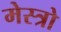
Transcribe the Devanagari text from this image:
मेस्त्रो